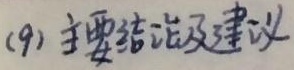
(9) 主要结论及建议